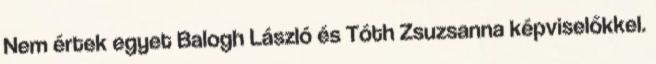
Nem értek egyet Balogh László és Tóth Zsuzsanna képviselőkkel.